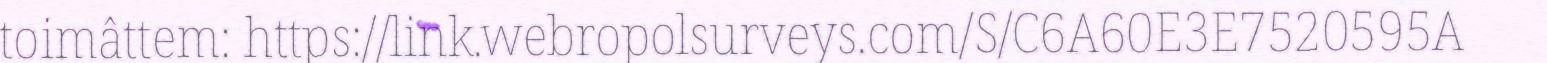
toimâttem: https://link.webropolsurveys.com/S/C6A60E3E7520595A